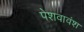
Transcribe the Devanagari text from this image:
पेशवावंश